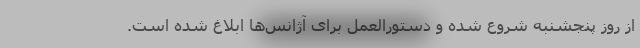
از روز پنجشنبه شروع شده و دستورالعمل برای آژانس‌ها ابلاغ شده است.